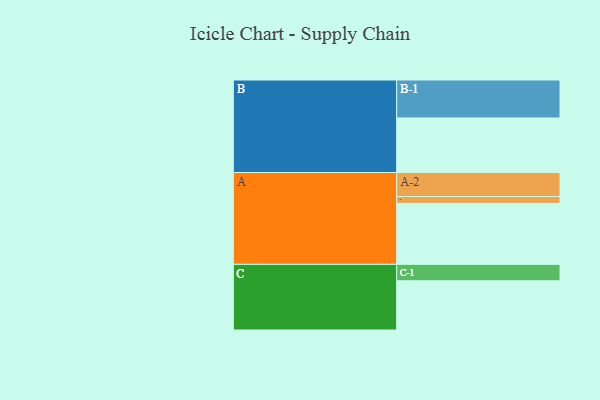
{"axis": {"x": "Segment", "y": "Value"}, "legend": ["", "A", "B", "C"], "data": [{"x": "A", "y": 456, "type": ""}, {"x": "B", "y": 408, "type": ""}, {"x": "C", "y": 368, "type": ""}, {"x": "A-1", "y": 51, "type": "A"}, {"x": "A-2", "y": 180, "type": "A"}, {"x": "B-1", "y": 284, "type": "B"}, {"x": "C-1", "y": 123, "type": "C"}]}